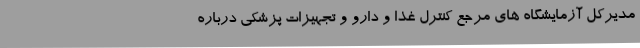
مدیرکل آزمایشگاه های مرجع کنترل غذا و دارو و تجهیزات پزشکی درباره